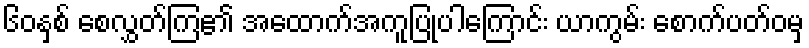
၆၀နှစ် စေလွှတ်ကြ၏ အထောက်အကူပြုပါကြောင်း ယာကွမ်း စောက်ပတ်ဝမှ